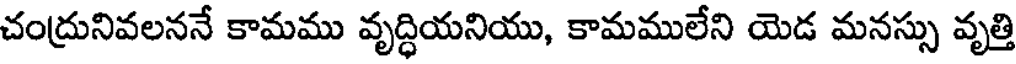
చంద్రునివలననే కామము వృద్ధియనియు, కామములేని యెడ మనస్సు వృత్తి